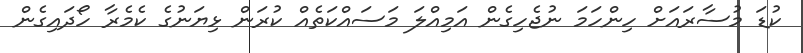
ކުޑަ މުސާރައަށް ހިންހަމަ ނުޖެހިގެން އަމިއްލަ މަސައްކަތެއް ކުރަން ޅިޔަނުގެ ކެމެރާ ހޯދައިގެން